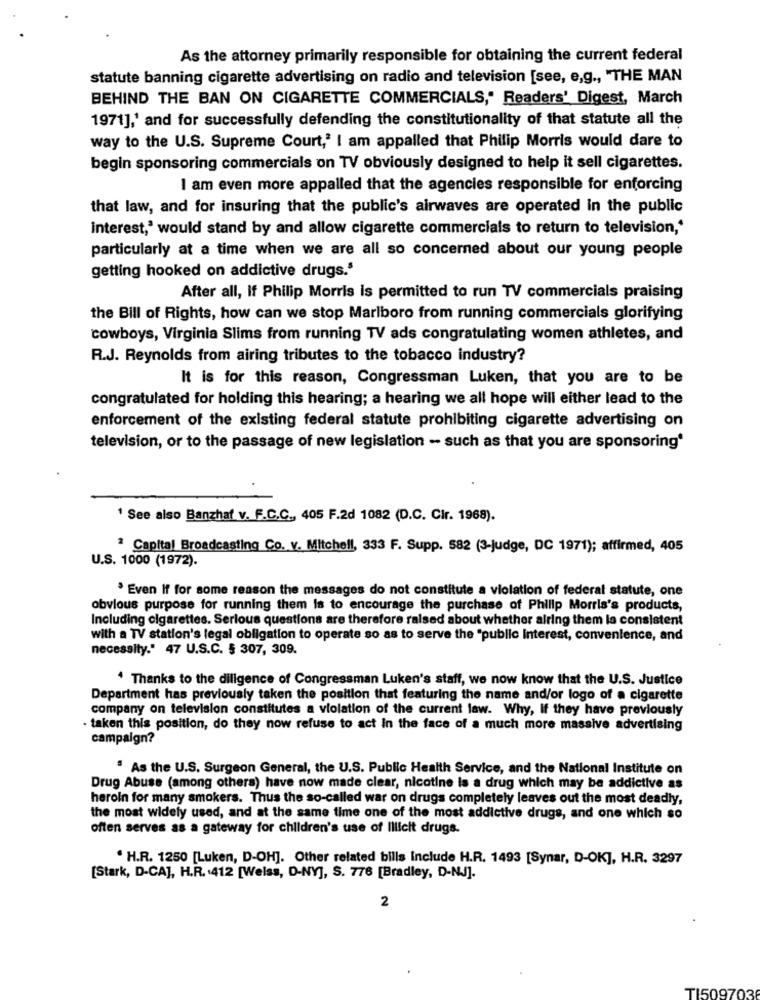
As the attorney primarily responsible for obtaining the current federal
statute banning cigarette advertising on radio and television [see, e,g ., "THE MAN
BEHIND THE BAN ON CIGARETTE COMMERCIALS," Readers' Digest, March
1971],' and for successfully defending the constitutionality of that statute all the
way to the U.S. Supreme Court,' I am appalled that Philip Morris would dare to
begin sponsoring commercials on TV obviously designed to help it sell cigarettes.
I am even more appalled that the agencies responsible for enforcing
that law, and for insuring that the public's airwaves are operated In the public
interest,' would stand by and allow cigarette commercials to return to television ,*
particularly at a time when we are all so concerned about our young people
getting hooked on addictive drugs.5
After all, If Philip Morris is permitted to run TV commercials praising
the Bill of Rights, how can we stop Marlboro from running commercials glorifying
cowboys, Virginia Slims from running TV ads congratulating women athletes, and
R.J. Reynolds from airing tributes to the tobacco industry?
It is for this reason, Congressman Luken, that you are to be
congratulated for holding this hearing; a hearing we all hope will either lead to the
enforcement of the existing federal statute prohibiting cigarette advertising on
television, or to the passage of new legislation - such as that you are sponsoring*
' See also Banzhaf v. F.C.C ., 405 F.2d 1082 (D.C. Cir. 1968).
Capital Broadcasting Co. V. Mitchell, 333 F. Supp. 582 (3-judge, DC 1971); affirmed, 405
U.S. 1000 (1972).
. Even If for some reason the messages do not constitute a violation of federal statute, one
obvious purpose for running them is to encourage the purchase of Philip Morris's products,
Including cigarettes. Serious questions are therefore raised about whether alring them la consistent
with a TV station's legal obligation to operate so as to serve the "public interest, convenience, and
necessity." 47 U.S.C. § 307, 309.
Thanks to the diligence of Congressman Luken's staff, we now know that the U.S. Justice
Department has previously taken the position that featuring the name and/or logo of a cigarette
company on television constitutes a violation of the current law. Why, If they have previously
- taken this position, do they now refuse to act In the face of a much more massive advertising
campaign?
As the U.S. Surgeon General, the U.S. Public Health Service, and the National Institute on
Drug Abuse (among others) have now made clear, nicotine la a drug which may be addictive as
heroin for many smokers. Thus the so-called war on drugs completely leaves out the most deadly,
the most widely used, and at the same time one of the most addictive drugs, and one which so
often serves as a gateway for children's use of Illicit drugs.
. H.R. 1250 [Luken, D-OH]. Other related bills Include H.R. 1493 [Synar, D-OK], H.R. 3297
[Stark, D-CA], H.R. 412 [Weiss, D-NY], S. 776 [Bradley, D-NJ].
2
TI509703